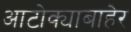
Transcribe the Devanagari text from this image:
आटोक्याबाहेर